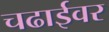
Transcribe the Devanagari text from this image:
चढाईवर